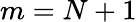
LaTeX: m=N+1